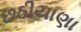
છઠીયાણા